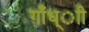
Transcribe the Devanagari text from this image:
गाँध्ाी